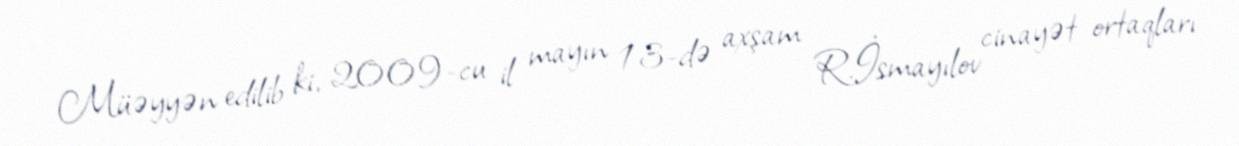
Müəyyən edilib ki, 2009-cu il mayın 13-də axşam R.İsmayılov cinayət ortaqları